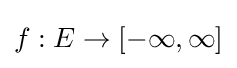
f:E\to [-\infty ,\infty ]